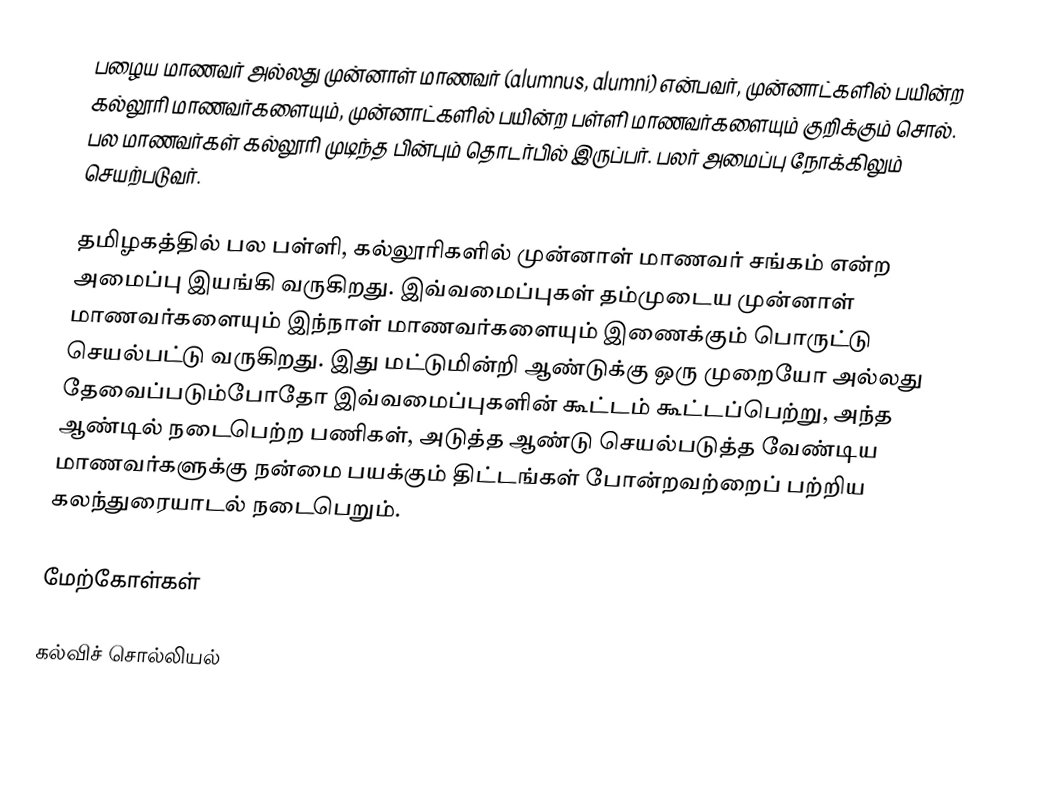
பழைய மாணவர் அல்லது முன்னாள் மாணவர் (alumnus, alumni) என்பவர், முன்னாட்களில் பயின்ற கல்லூரி மாணவர்களையும், முன்னாட்களில் பயின்ற பள்ளி மாணவர்களையும் குறிக்கும் சொல். பல மாணவர்கள் கல்லூரி முடிந்த பின்பும் தொடர்பில் இருப்பர். பலர் அமைப்பு நோக்கிலும் செயற்படுவர்.

தமிழகத்தில் பல பள்ளி, கல்லூரிகளில் முன்னாள் மாணவர் சங்கம் என்ற அமைப்பு இயங்கி வருகிறது. இவ்வமைப்புகள் தம்முடைய முன்னாள் மாணவர்களையும் இந்நாள் மாணவர்களையும் இணைக்கும் பொருட்டு செயல்பட்டு வருகிறது. இது மட்டுமின்றி ஆண்டுக்கு ஒரு முறையோ அல்லது தேவைப்படும்போதோ இவ்வமைப்புகளின் கூட்டம் கூட்டப்பெற்று, அந்த ஆண்டில் நடைபெற்ற பணிகள், அடுத்த ஆண்டு செயல்படுத்த வேண்டிய மாணவர்களுக்கு நன்மை பயக்கும் திட்டங்கள் போன்றவற்றைப் பற்றிய கலந்துரையாடல் நடைபெறும்.

மேற்கோள்கள்

கல்விச் சொல்லியல்